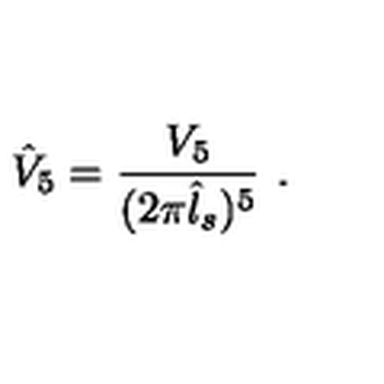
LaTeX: \hat { V } _ { 5 } = \frac { V _ { 5 } } { ( 2 \pi \hat { l } _ { s } ) ^ { 5 } } \ .